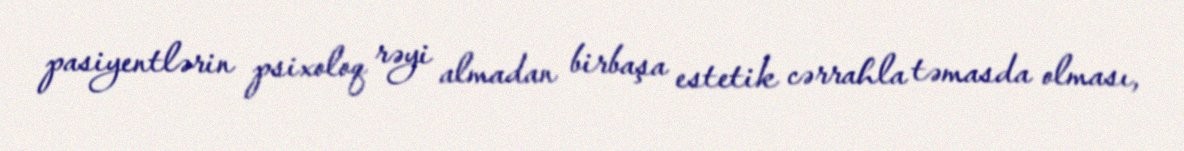
pasiyentlərin psixoloq rəyi almadan birbaşa estetik cərrahla təmasda olması,